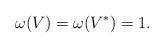
LaTeX: \begin{align*}\omega(V) = \omega(V^*)= 1.\end{align*}